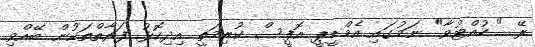
ރޭ " ހުއްޓުވާ" ނަމުގައި އެމްޑީޕީ އޮފީސް ކުރިމަތީ އިދިކޮޅު ފަރާތްތަކުން ބޭއްވި